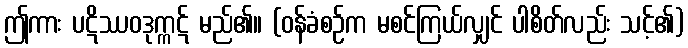
ဤကား ပဋိဿဝဒုက္ကဋ် မည်၏။ (ဝန်ခံစဉ်က မစင်ကြယ်လျှင် ပါစိတ်လည်း သင့်၏)